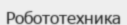
Робототехника